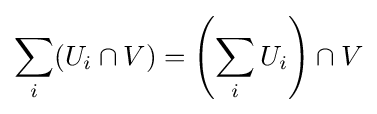
\sum _{i}(U_{i}\cap V)=\left(\sum _{i}U_{i}\right)\cap V